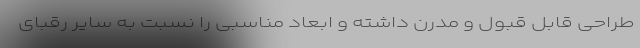
طراحی قابل قبول و مدرن داشته و ابعاد مناسبی را نسبت به سایر رقبای